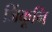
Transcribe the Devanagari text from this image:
जिंकूनि